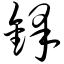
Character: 锋